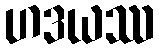
ဟဒယဿ